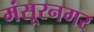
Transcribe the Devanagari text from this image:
मंसूरनगर